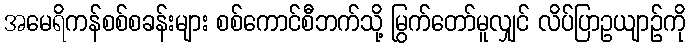
အမေရိကန်စစ်စခန်းများ စစ်ကောင်စီဘက်သို့ မြွက်တော်မူလျှင် လိပ်ပြာဥယျာဉ်ကို